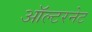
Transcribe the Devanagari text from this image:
ऑल्टरनेट